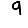
Digit: 9